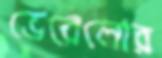
ভেরেলোর